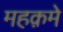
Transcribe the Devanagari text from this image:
महक़मे